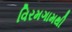
વિરમગામથી